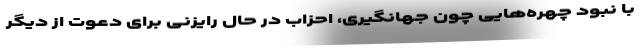
با نبود چهره‌هایی چون جهانگیری، احزاب در حال رایزنی برای دعوت از دیگر